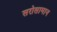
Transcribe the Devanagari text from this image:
सरोसामान